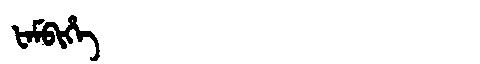
Manchu: ᡶᠠᠮᠪᡳᡥᡝ
Romanization: FAMBIHE